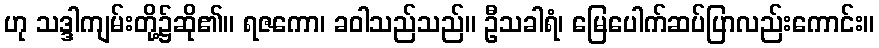
ဟု သဒ္ဒါကျမ်းတို့၌ဆို၏။ ရဇကော၊ ခဝါသည်သည်။ ဦသခါရံ၊ မြေပေါက်ဆပ်ပြာလည်းကောင်း။